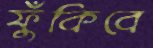
ফুঁকিবে